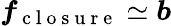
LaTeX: \boldsymbol{f}_{\mathrm{~c~l~o~s~u~r~e~}}\simeq\boldsymbol{b}